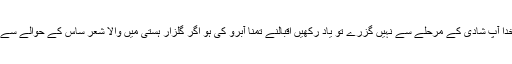
اگر بفضلِ خدا آپ شادی کے مرحلے سے نہیں گزرے تو یاد رکھیں اقبالؒنے تمنا آبرو کی ہو اگر گلزار ہستی میں والا شعر ساس کے حوالے سے ہی کہا تھا۔